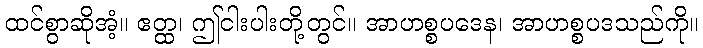
ထင်စွာဆိုအံ့။ ဧတ္ထ၊ ဤငါးပါးတို့တွင်။ အာဟစ္စပဒေန၊ အာဟစ္စပဒသည်ကို။